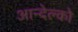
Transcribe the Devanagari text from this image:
आन्देल्को